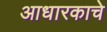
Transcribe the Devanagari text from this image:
आधारकाचे